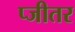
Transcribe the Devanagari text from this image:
प्जीतर